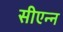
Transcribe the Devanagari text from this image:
सीएन्न